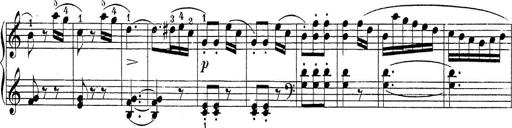
Title: Sonatina Album
Composer: Louis KÃ¶hler